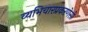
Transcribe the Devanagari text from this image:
व्यभिचारप्रकरणेसी